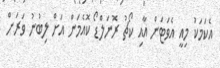
އެކަމަކު މިއީ އެވަޓަން އާއި ކޯޗު ރޮނަލްޑޯ ކޮއެމަން އަށް ލިބުނު ވަރަށް